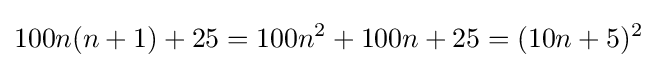
100n(n+1)+25=100n^{2}+100n+25=(10n+5)^{2}